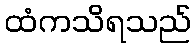
ထံကသိရသည်